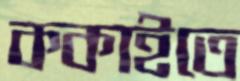
ককাইতে